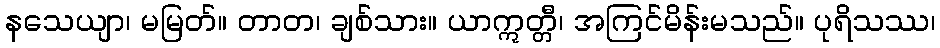
နသေယျာ၊ မမြတ်။ တာတ၊ ချစ်သား။ ယာဣတ္တီ၊ အကြင်မိန်းမသည်။ ပုရိသဿ၊